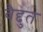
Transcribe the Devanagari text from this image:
वैद्दुत